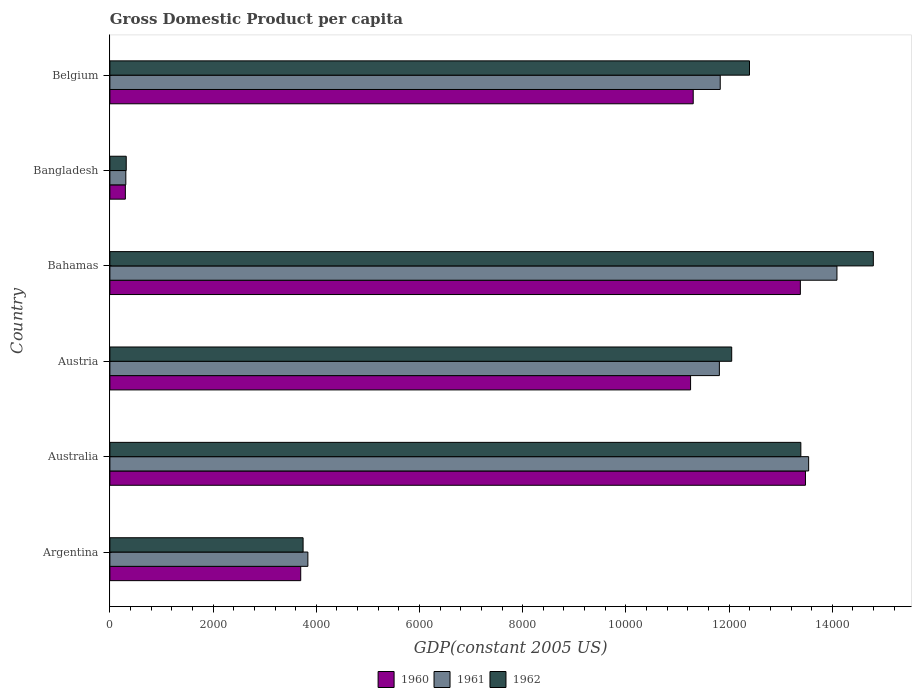
| Country | 1960 | 1961 | 1962 |
 | --- | --- | --- | --- |
 | Argentina | 3.7e+03 | 3.84e+03 | 3.74e+03 |
 | Australia | 1.35e+04 | 1.35e+04 | 1.34e+04 |
 | Austria | 1.13e+04 | 1.18e+04 | 1.21e+04 |
 | Bahamas | 1.34e+04 | 1.41e+04 | 1.48e+04 |
 | Bangladesh | 300 | 309 | 317 |
 | Belgium | 1.13e+04 | 1.18e+04 | 1.24e+04 |